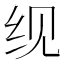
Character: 𬘖